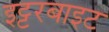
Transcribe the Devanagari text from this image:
इट्टरबाइट